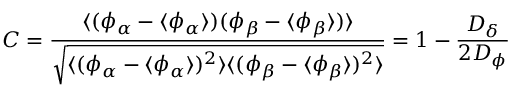
C = \frac { \langle ( \phi _ { \alpha } - \langle \phi _ { \alpha } \rangle ) ( \phi _ { \beta } - \langle \phi _ { \beta } \rangle ) \rangle } { \sqrt { \langle ( \phi _ { \alpha } - \langle \phi _ { \alpha } \rangle ) ^ { 2 } \rangle \langle ( \phi _ { \beta } - \langle \phi _ { \beta } \rangle ) ^ { 2 } \rangle } } = 1 - \frac { D _ { \delta } } { 2 D _ { \phi } }